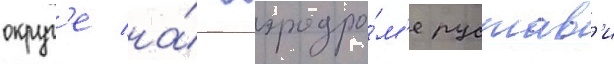
округ'е на́ аэродро́м'е рустав'и